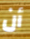
أن